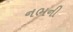
નભની